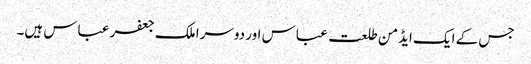
جس کے ایک ایڈمن طلعت عباس اور دوسرا ملک جعفر عباس ہیں۔